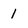
Character: 1